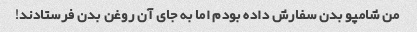
من شامپو بدن سفارش داده بودم اما به جای آن روغن بدن فرستادند!